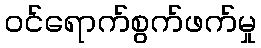
ဝင်ရောက်စွက်ဖက်မှု